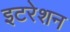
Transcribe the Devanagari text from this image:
इटरेशन